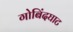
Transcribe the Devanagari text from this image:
गोबिंदघाट